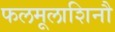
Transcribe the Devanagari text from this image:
फलमूलाशिनौ